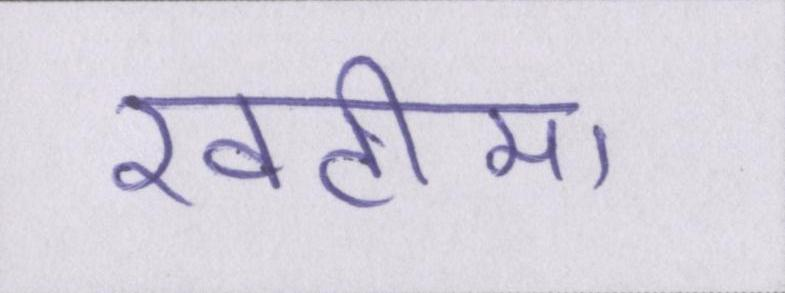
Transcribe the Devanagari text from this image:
खटीमा